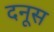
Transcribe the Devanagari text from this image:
दनूस